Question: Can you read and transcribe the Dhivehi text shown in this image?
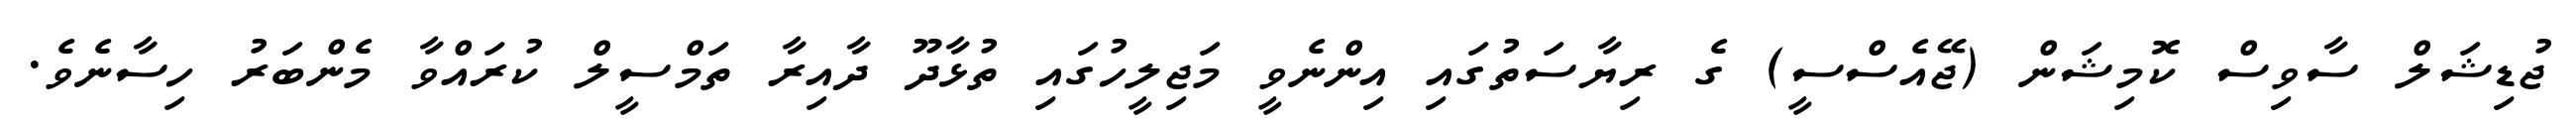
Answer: ޖުޑިޝަލް ސާވިސް ކޮމިޝަން (ޖޭއެސްސީ) ގެ ރިޔާސަތުގައި އިންނެވީ މަޖިލީހުގައި ތުޅާދޫ ދާއިރާ ތަމްސީލް ކުރައްވާ މެންބަރު ހިސާނެވެ.